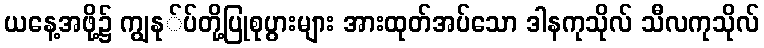
ယနေ့အဖို့၌ ကျွနု်ပ်တို့ပြုစုပွားများ အားထုတ်အပ်သော ဒါနကုသိုလ် သီလကုသိုလ်